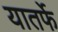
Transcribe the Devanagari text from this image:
यातर्फे